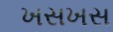
ખસખસ